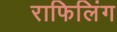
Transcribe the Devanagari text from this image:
राफिलिंग